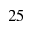
2 5